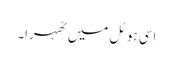
اسی ہوٹل میں ٹھہرا۔